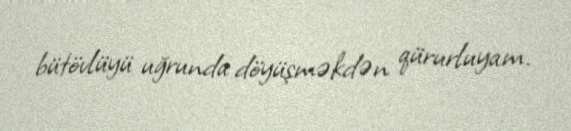
bütövlüyü uğrunda döyüşməkdən qürurluyam.